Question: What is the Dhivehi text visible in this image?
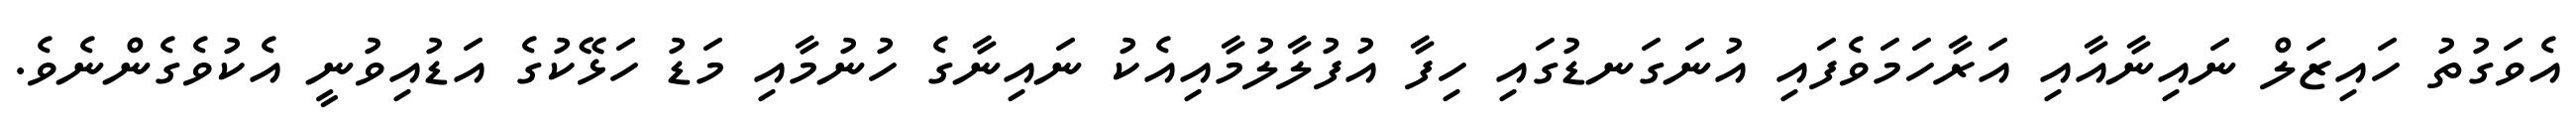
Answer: އެވަގުތު ހައިޒަލް ނައިނާއާއި އަރާހަމަވެފައި އުނަގަނޑުގައި ހިފާ އުފުލާލުމާއިއެކު ނައިނާގެ ހުނުމާއި މަޑު ހަޅޭކުގެ އަޑުއިވުނީ އެކުވެގެންނެވެ.